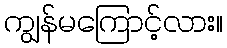
ကျွန်မကြောင့်လား။